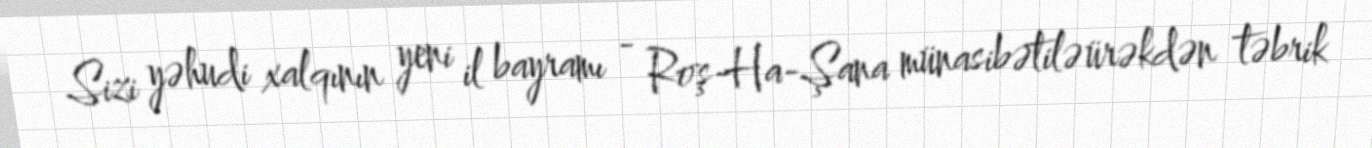
Sizi yəhudi xalqının yeni il bayramı - Roş-Ha-Şana münasibətilə ürəkdən təbrik